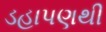
ડહાપણથી